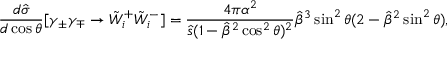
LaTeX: \frac { d \hat { \sigma } } { d \cos \theta } [ \gamma _ { \pm } \gamma _ { \mp } \rightarrow \tilde { W } _ { i } ^ { + } \tilde { W } _ { i } ^ { - } ] = \frac { 4 \pi \alpha ^ { 2 } } { \hat { s } ( 1 - \hat { \beta } ^ { 2 } \cos ^ { 2 } \theta ) ^ { 2 } } \hat { \beta } ^ { 3 } \sin ^ { 2 } \theta ( 2 - \hat { \beta } ^ { 2 } \sin ^ { 2 } \theta ) ,